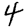
Digit: 4